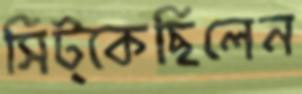
সিট্‌কেছিলেন